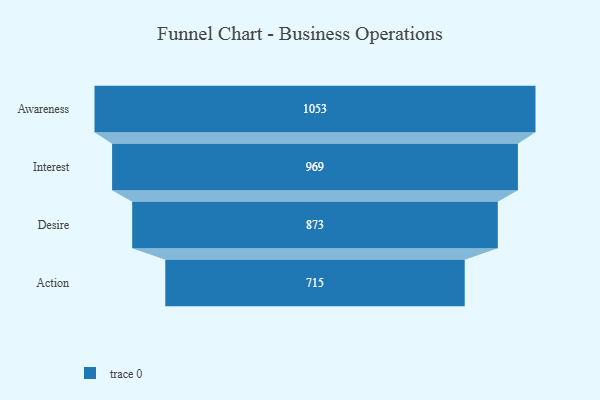
{"axis": {"x": "Stage", "y": "Value"}, "legend": [""], "data": [{"x": "Awareness", "y": 1053.0, "type": ""}, {"x": "Interest", "y": 969.0, "type": ""}, {"x": "Desire", "y": 873.0, "type": ""}, {"x": "Action", "y": 715.0, "type": ""}]}